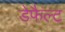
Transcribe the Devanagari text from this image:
डेफैल्ट